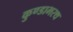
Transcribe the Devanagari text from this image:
कुण्डाभरथ